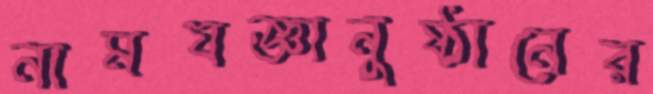
নামযজ্ঞানুষ্ঠানের